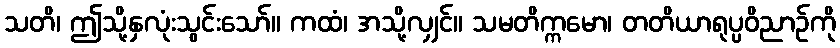
သတိ၊ ဤသို့နှလုံးသွင်းသော်။ ကထံ၊ အသို့လျှင်။ သမတိက္ကမော၊ တတိယာရုပ္ပဝိညာဉ်ကို